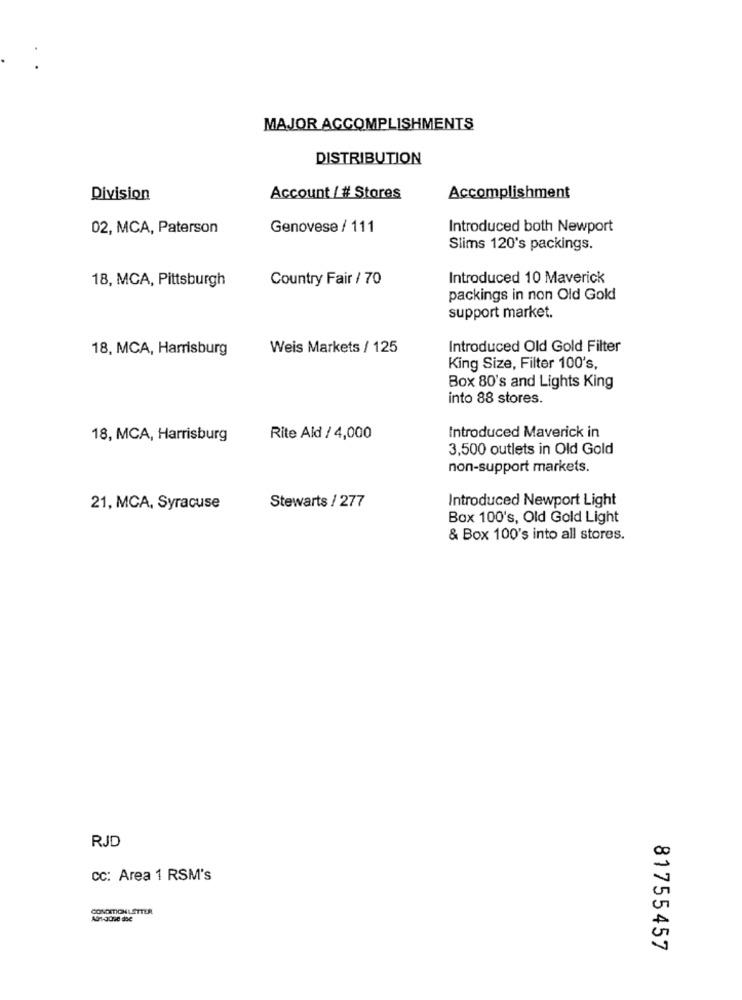
MAJOR ACCOMPLISHMENTS
DISTRIBUTION
Division
Account / # Stores
Accomplishment
02, MCA, Paterson
Genovese / 111
Introduced both Newport
Slims 120's packings.
18, MCA, Pittsburgh
Country Fair / 70
Introduced 10 Maverick
packings in non Old Gold
support market.
18, MCA, Harrisburg
Weis Markets / 125
Introduced Old Gold Filter
King Size, Filter 100's,
Box 80's and Lights King
into 88 stores.
18, MCA, Harrisburg
Rite Ald / 4,000
Introduced Maverick in
3,500 outlets in Old Gold
non-support markets.
Introduced Newport Light
21, MCA, Syracuse
Stewarts / 277
Box 100's, Old Gold Light
& Box 100's into all stores.
RJD
CC: Area 1 RSM's
CONCATIONLETTER
81755457